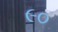
૯૦